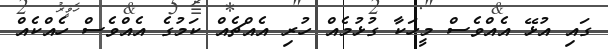
ގައި އުޅޭ އެއްވެސް މީހަކާ ގުޅުމެއް ހުރި އެއްޗެއް ކަމުގެ އެއްވެސް ހެއްކެއް